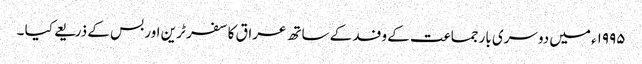
۱۹۹۵ء میں دوسری بار جماعت کے وفد کے ساتھ عراق کا سفر ٹرین اور بس کے ذریعے کیا ۔